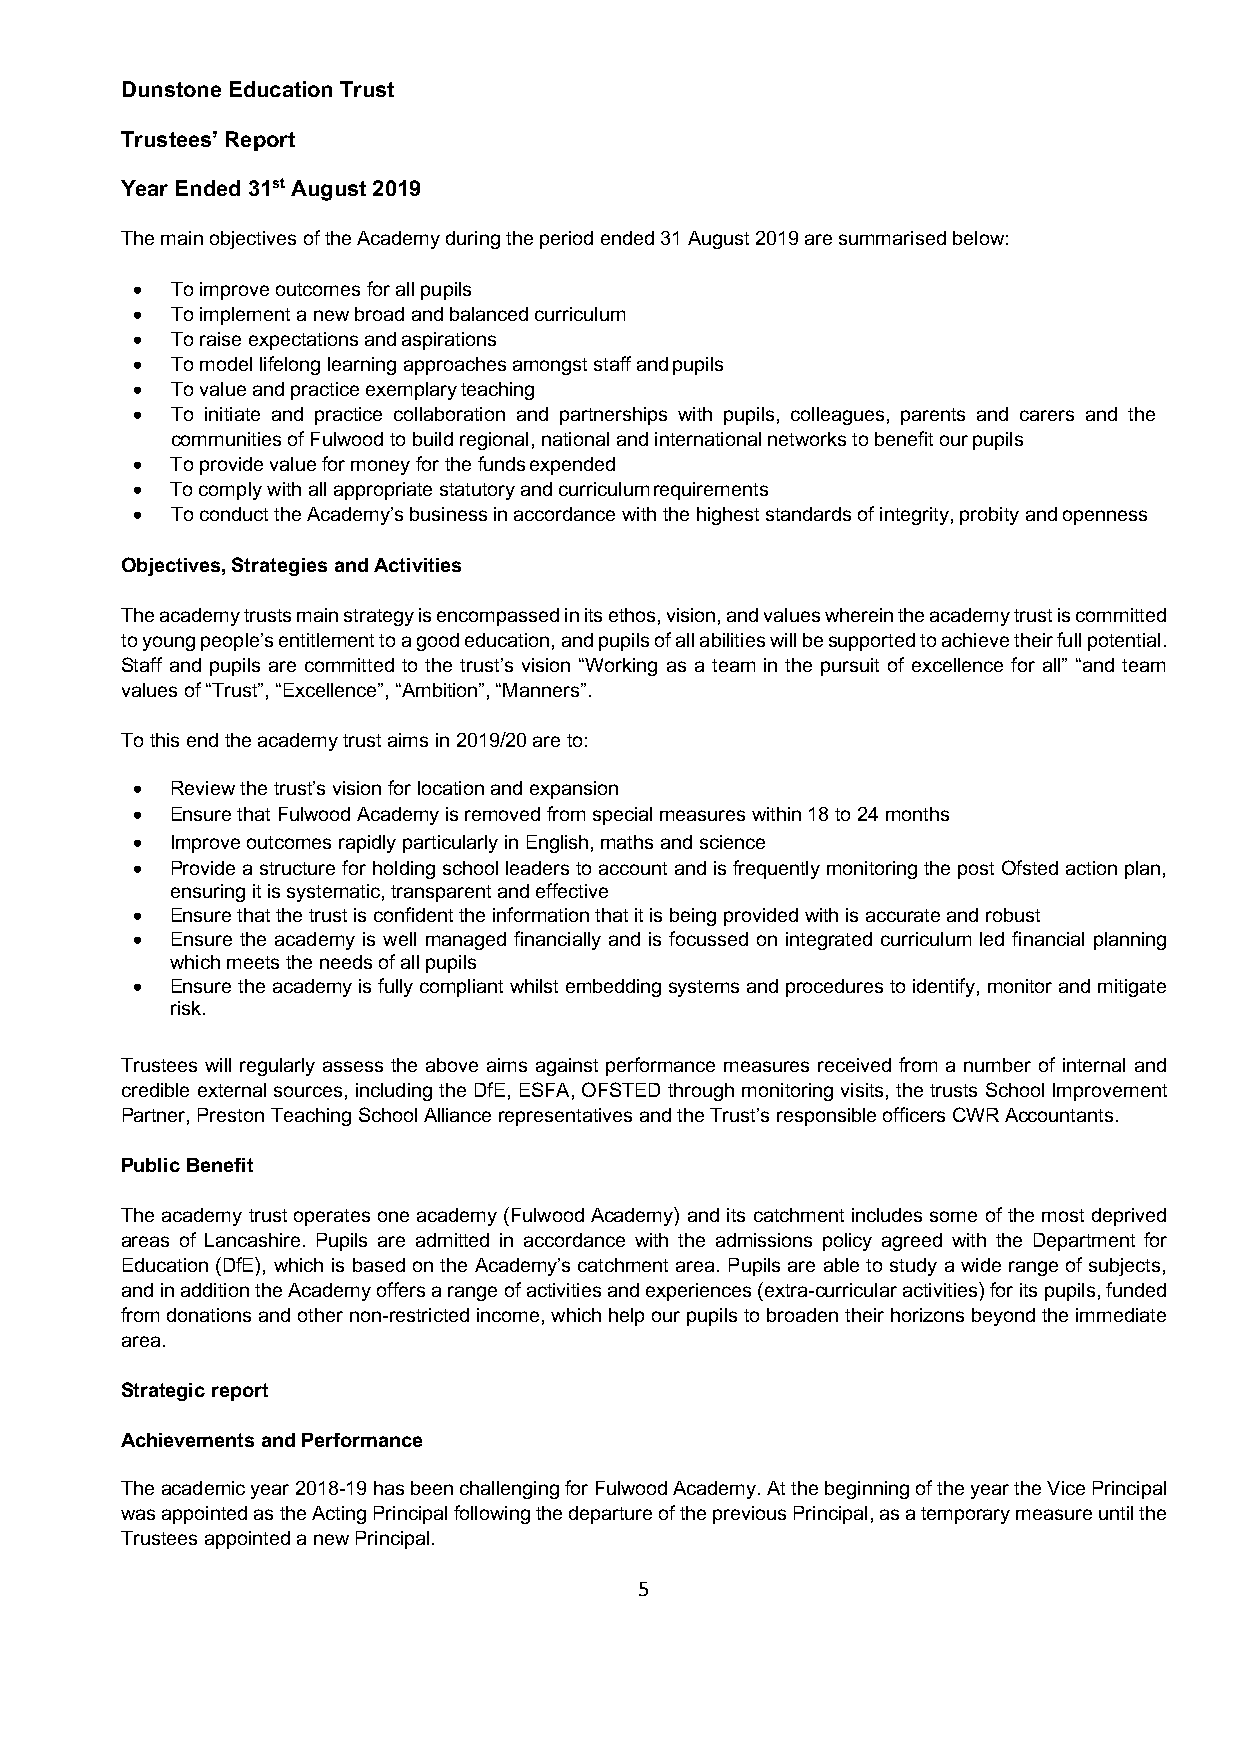
Dunstone Education Trust
 Trustees’ Report
 Year Ended 31st August 2019
 The main objectives of the Academy during the period ended 31 August 2019 are summarised below:
 • To improve outcomes for all pupils
 • To implement a new broad and balanced curriculum
 • To raise expectations and aspirations
 • To model lifelong learning approaches amongst staff and pupils
 • To value and practice exemplary teaching
 • To initiate and practice collaboration and partnerships with pupils, colleagues, parents and carers and the
 communities of Fulwood to build regional, national and international networks to benefit our pupils
 • To provide value for money for the funds expended
 • To comply with all appropriate statutory and curriculum requirements
 • To conduct the Academy’s business in accordance with the highest standards of integrity, probity and openness
 Objectives, Strategies and Activities
 The academy trusts main strategy is encompassed in its ethos, vision, and values wherein the academy trust is committed
 to young people’s entitlement to a good education, and pupils of all abilities will be supported to achieve their full potential.
 Staff and pupils are committed to the trust’s vision “Working as a team in the pursuit of excellence for all” “and team
 values of “Trust”, “Excellence”, “Ambition”, “Manners”.
 To this end the academy trust aims in 2019/20 are to:
 • Review the trust’s vision for location and expansion
 • Ensure that Fulwood Academy is removed from special measures within 18 to 24 months
 • Improve outcomes rapidly particularly in English, maths and science
 • Provide a structure for holding school leaders to account and is frequently monitoring the post Ofsted action plan,
 ensuring it is systematic, transparent and effective
 • Ensure that the trust is confident the information that it is being provided with is accurate and robust
 • Ensure the academy is well managed financially and is focussed on integrated curriculum led financial planning
 which meets the needs of all pupils
 • Ensure the academy is fully compliant whilst embedding systems and procedures to identify, monitor and mitigate
 risk.
 Trustees will regularly assess the above aims against performance measures received from a number of internal and
 credible external sources, including the DfE, ESFA, OFSTED through monitoring visits, the trusts School Improvement
 Partner, Preston Teaching School Alliance representatives and the Trust’s responsible officers CWR Accountants.
 Public Benefit
 The academy trust operates one academy (Fulwood Academy) and its catchment includes some of the most deprived
 areas of Lancashire. Pupils are admitted in accordance with the admissions policy agreed with the Department for
 Education (DfE), which is based on the Academy’s catchment area. Pupils are able to study a wide range of subjects,
 and in addition the Academy offers a range of activities and experiences (extra-curricular activities) for its pupils, funded
 from donations and other non-restricted income, which help our pupils to broaden their horizons beyond the immediate
 area.
 Strategic report
 Achievements and Performance
 The academic year 2018-19 has been challenging for Fulwood Academy. At the beginning of the year the Vice Principal
 was appointed as the Acting Principal following the departure of the previous Principal, as a temporary measure until the
 Trustees appointed a new Principal.
 5